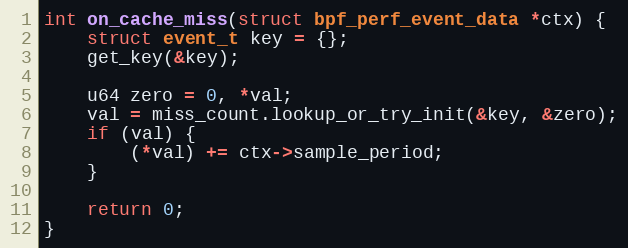
Language: C++
int on_cache_miss(struct bpf_perf_event_data *ctx) {
    struct event_t key = {};
    get_key(&key);

    u64 zero = 0, *val;
    val = miss_count.lookup_or_try_init(&key, &zero);
    if (val) {
        (*val) += ctx->sample_period;
    }

    return 0;
}